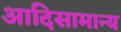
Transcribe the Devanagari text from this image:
आदिसामान्य